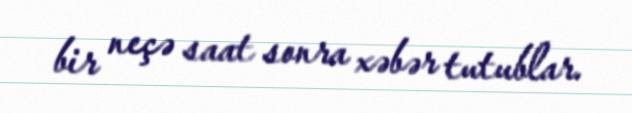
bir neçə saat sonra xəbər tutublar.